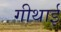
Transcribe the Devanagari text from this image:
गीथाई